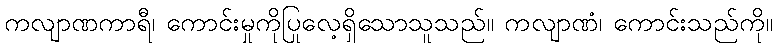
ကလျာဏကာရီ၊ ကောင်းမှုကိုပြုလေ့ရှိသောသူသည်။ ကလျာဏံ၊ ကောင်းသည်ကို။